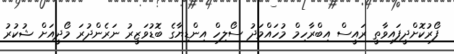
ފޯރުކޮށްދީފައިވާތީ ރައީސް އިބްރާހިމް މުހައްމަދު ސޯލިހް އިންޑިޔާގެ ބޮޑުވަޒީރު ނަރެންދުރަ މޯދީއަށް ޝުކުރު